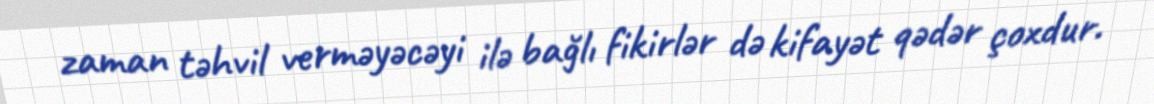
zaman təhvil verməyəcəyi ilə bağlı fikirlər də kifayət qədər çoxdur.